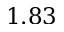
1 . 8 3